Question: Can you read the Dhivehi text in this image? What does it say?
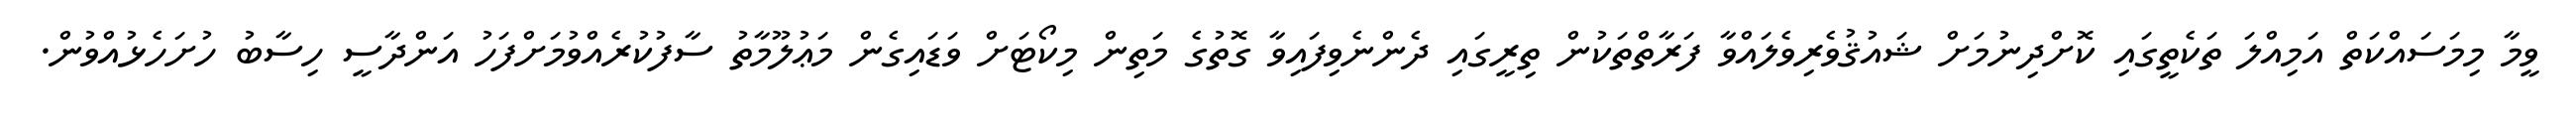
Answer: ވީމާ މިމަސައްކަތް އަމިއްލަ ތަކެތީގައި ކޮށްދިނުމަށް ޝައުޤުވެރިވެލައްވާ ފަރާތްތަކުން ތިރީގައި ދެންނެވިފައިވާ ގޮތުގެ މަތިން މިކޯޓަށް ވަޑައިގެން މަޢުލޫމާތު ސާފުކުރެއްވުމަށްފަހު އަންދާސީ ހިސާބު ހުށަހެޅުއްވުން.